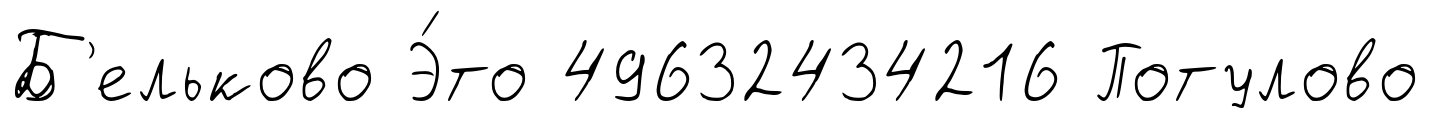
Б'ельково Э́то 49632434216 Потулово